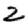
Digit: 2